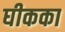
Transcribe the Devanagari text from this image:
घीकका